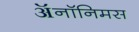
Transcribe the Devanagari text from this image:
ॲनॉनिमस